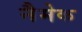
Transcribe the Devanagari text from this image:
नैमेक